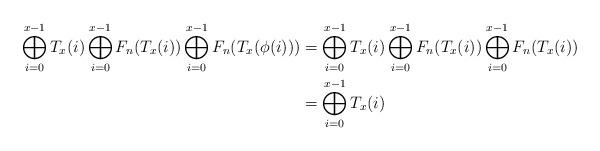
LaTeX: \begin{align*}\bigoplus_{i=0}^{x-1} T_x(i) \bigoplus_{i=0}^{x-1} F_n(T_x(i)) \bigoplus_{i=0}^{x-1} F_n(T_x(\phi(i)))&=\bigoplus_{i=0}^{x-1} T_x(i) \bigoplus_{i=0}^{x-1} F_n(T_x(i)) \bigoplus_{i=0}^{x-1} F_n(T_x(i))\\&=\bigoplus_{i=0}^{x-1} T_x(i)\end{align*}